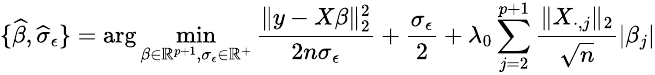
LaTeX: \small\{ \widehat{\beta},\widehat{\sigma}_{\epsilon}\} =\arg\operatorname*{min}_{\beta\in\mathbb{R}^{p+1},\sigma_{\epsilon}\in\mathbb{R}^{+}}\frac{\| y-X\beta\| _{2}^{2}}{2n\sigma_{\epsilon}}+\frac{\sigma_{\epsilon}}{2}+\lambda_{0}\sum_{j=2}^{p+1}\frac{\| X_{\cdot,j}\| _{2}}{\sqrt{n}}\vert\beta_{j}\vert